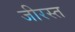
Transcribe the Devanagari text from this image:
जीरस्त